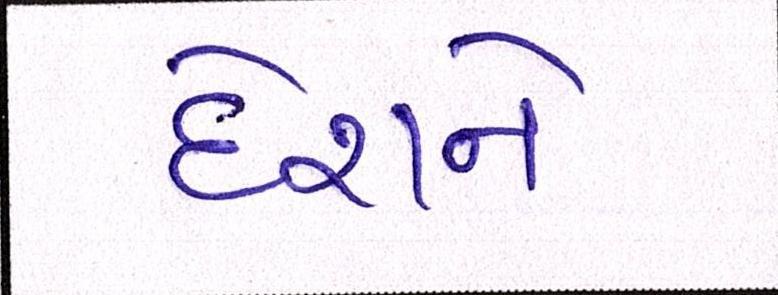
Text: દેશને